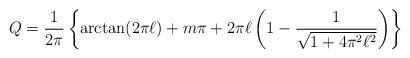
LaTeX: \begin{align*}Q=\frac{1}{2\pi}\left\{{\arctan}(2{\pi}{\ell})+m\pi+2{\pi}{\ell}\left(1-\frac{1}{\sqrt{1+4{\pi}^2{\ell}^2}}\right)\right\}\end{align*}